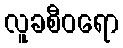
လူခစီဝရော